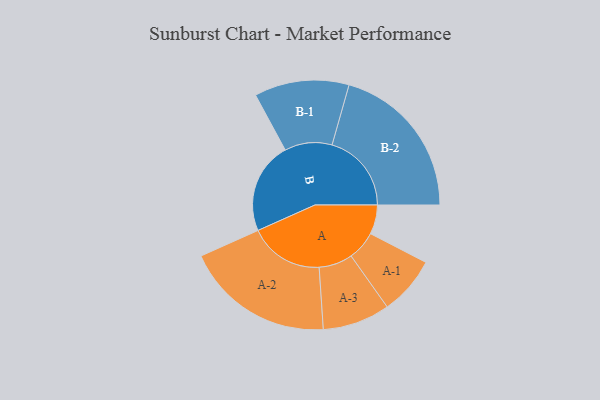
{"axis": {"x": "Segment", "y": "Value"}, "legend": ["", "A", "B"], "data": [{"x": "A", "y": 105, "type": ""}, {"x": "B", "y": 329, "type": ""}, {"x": "A-1", "y": 105, "type": "A"}, {"x": "A-2", "y": 268, "type": "A"}, {"x": "A-3", "y": 121, "type": "A"}, {"x": "B-1", "y": 170, "type": "B"}, {"x": "B-2", "y": 285, "type": "B"}]}